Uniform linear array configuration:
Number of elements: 64
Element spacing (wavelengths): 1
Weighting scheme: binomial
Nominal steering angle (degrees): -45
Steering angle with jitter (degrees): -43.202
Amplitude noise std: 0.05
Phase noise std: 0.05

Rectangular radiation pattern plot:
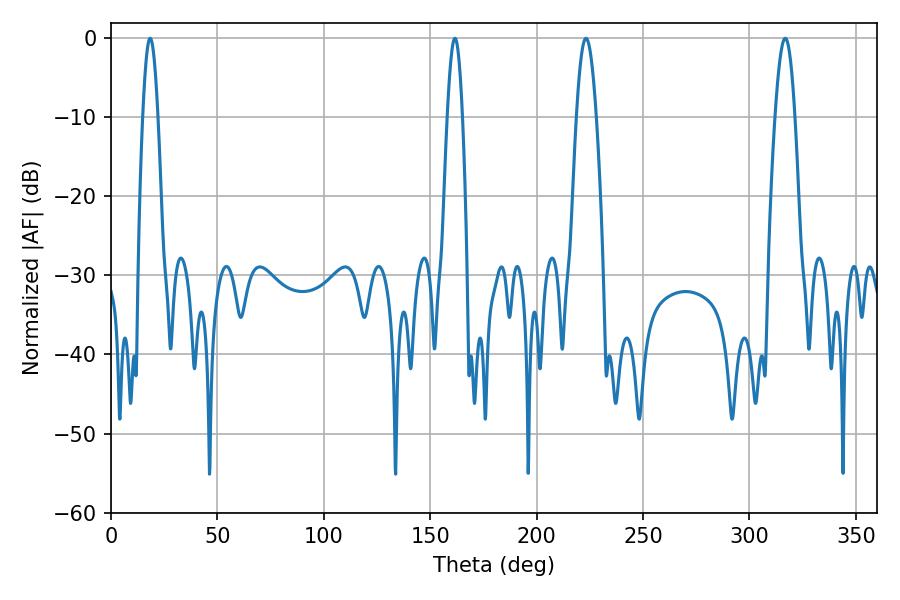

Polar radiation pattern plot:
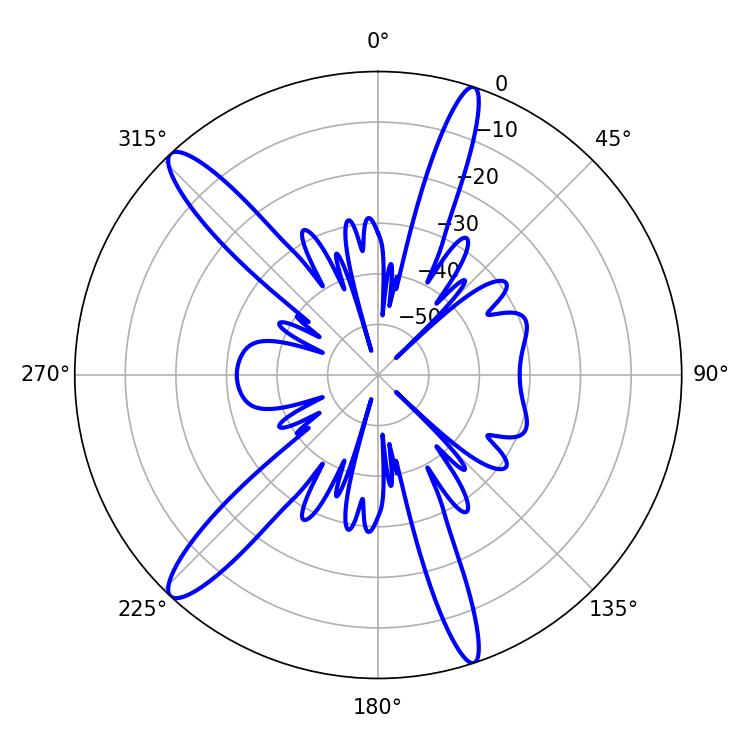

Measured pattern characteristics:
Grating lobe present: TRUE
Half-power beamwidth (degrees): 5.04
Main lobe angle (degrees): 223.2